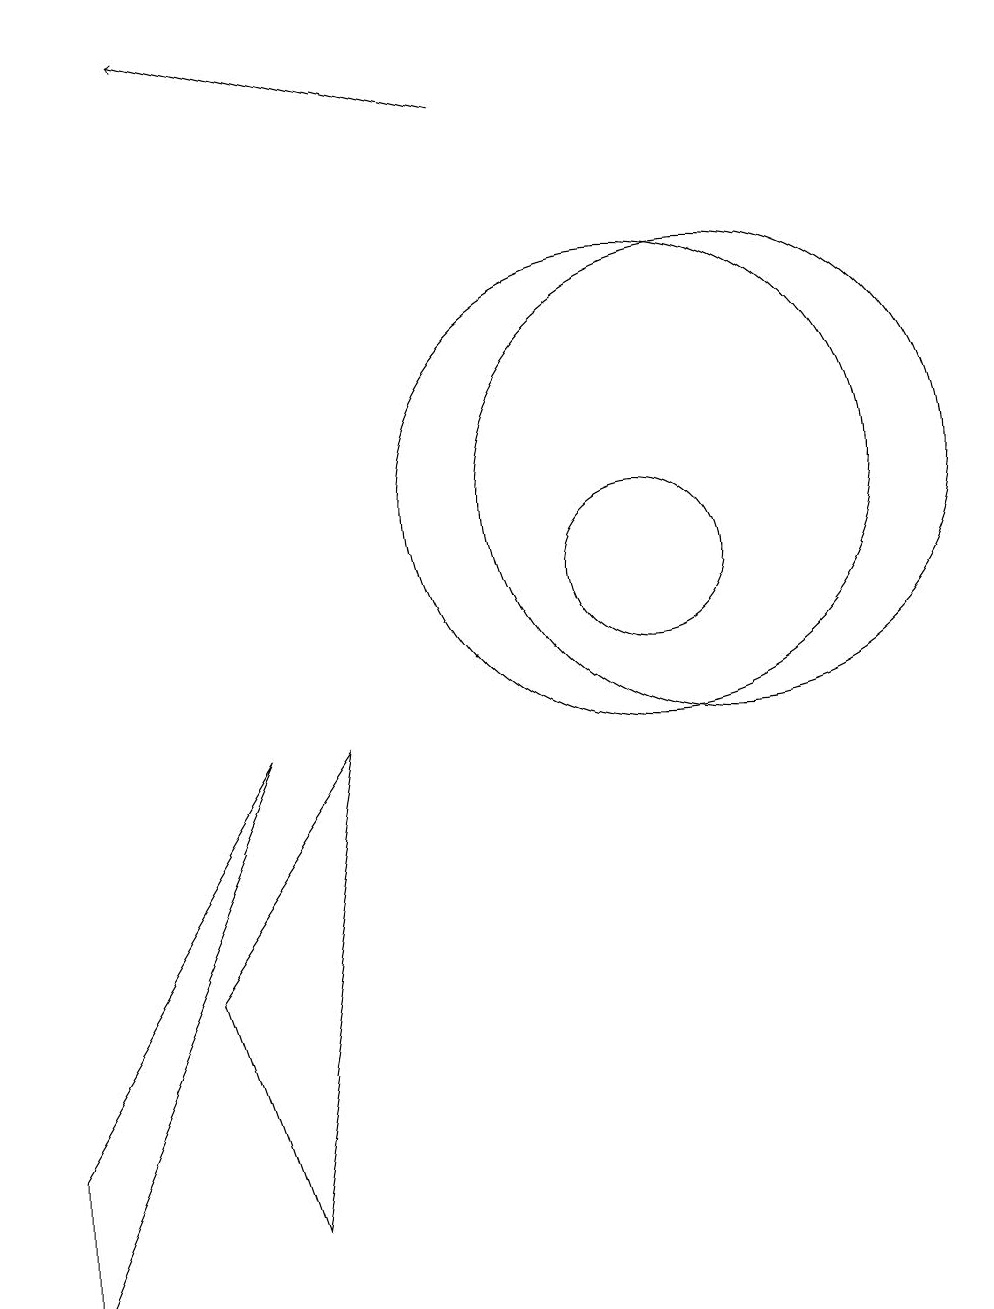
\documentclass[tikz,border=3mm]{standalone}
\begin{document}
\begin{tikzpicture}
\draw (10,11) circle (3);
\draw (10,10) circle (1);
\draw (11,11) circle (3);
\draw (2,1) -- (5,8) -- (2,3) -- cycle;
\draw (4,5) -- (6,8) -- (5,2) -- cycle;
\draw[->] (8,16) -- (4,17);
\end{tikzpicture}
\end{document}